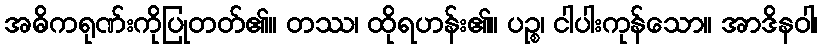
အဓိကရုဏ်းကိုပြုတတ်၏။ တဿ၊ ထိုရဟန်း၏။ ပဉ္စ၊ ငါပါးကုန်သော။ အာဒိနဝါ၊